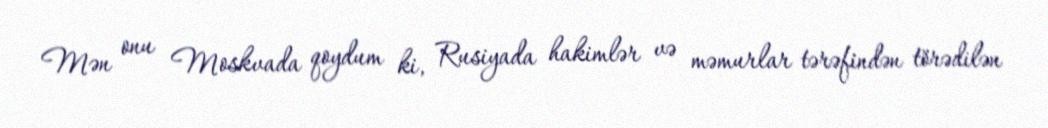
Mən onu Moskvada qoydum ki, Rusiyada hakimlər və məmurlar tərəfindən törədilən